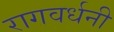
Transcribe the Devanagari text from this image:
रागवर्धनी